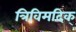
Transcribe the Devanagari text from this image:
त्रिविमदिक्